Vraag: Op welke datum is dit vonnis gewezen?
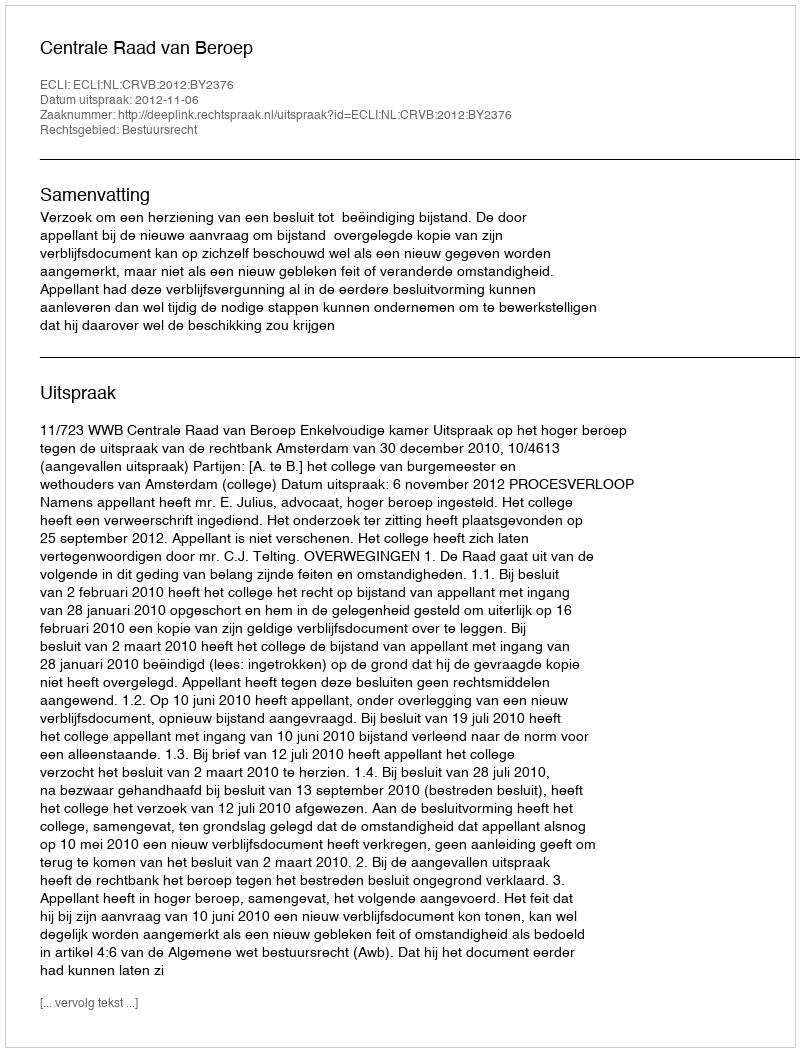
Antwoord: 2012-11-06